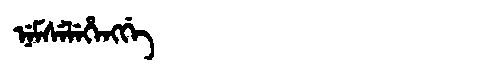
Manchu: ᠨᡝᠮᠰᡝᠯᡝᡥᡝᠩᡤᡝ
Romanization: NEMSELEHENGGE